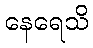
နေရေသိ